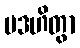
ပဒဟိတွာ